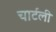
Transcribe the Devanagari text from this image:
चार्टली